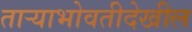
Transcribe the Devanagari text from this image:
ताऱ्याभोवतीदेखील